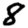
Digit: 8